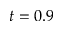
t = 0 . 9